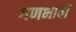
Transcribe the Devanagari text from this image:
गणभावों